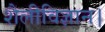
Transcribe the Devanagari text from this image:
शैलीविज्ञान।